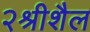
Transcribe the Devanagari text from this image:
२श्रीशैल